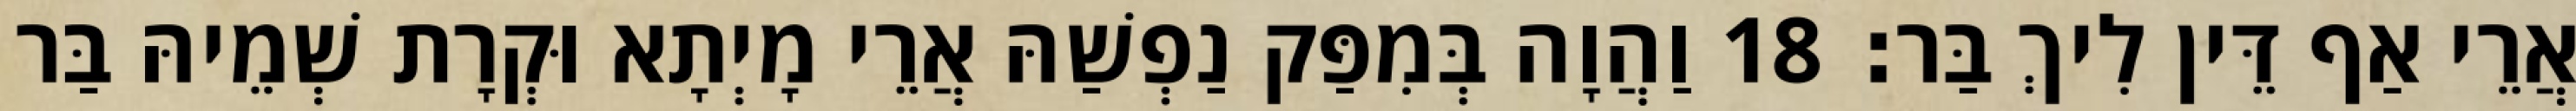
אֲרֵי אַף דֵּין לִיךְ בַּר׃ 18 וַהֲוָה בְּמִפַּק נַפְשַׁהּ אֲרֵי מָיְתָא וּקְרָת שְׁמֵיהּ בַּר